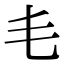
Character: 𣬛